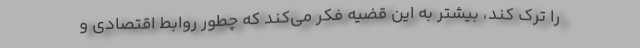
را ترک کند، بیشتر به این قضیه فکر می‌کند که چطور روابط اقتصادی و